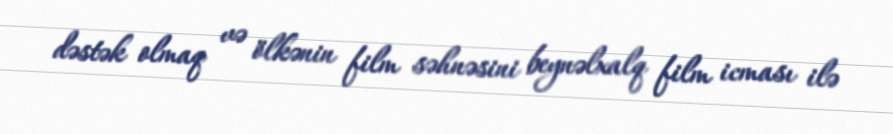
dəstək olmaq və ölkənin film səhnəsini beynəlxalq film icması ilə